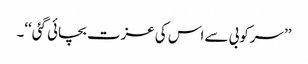
’’سرکوبی سے اس کی عزت بچائی گئی‘‘۔